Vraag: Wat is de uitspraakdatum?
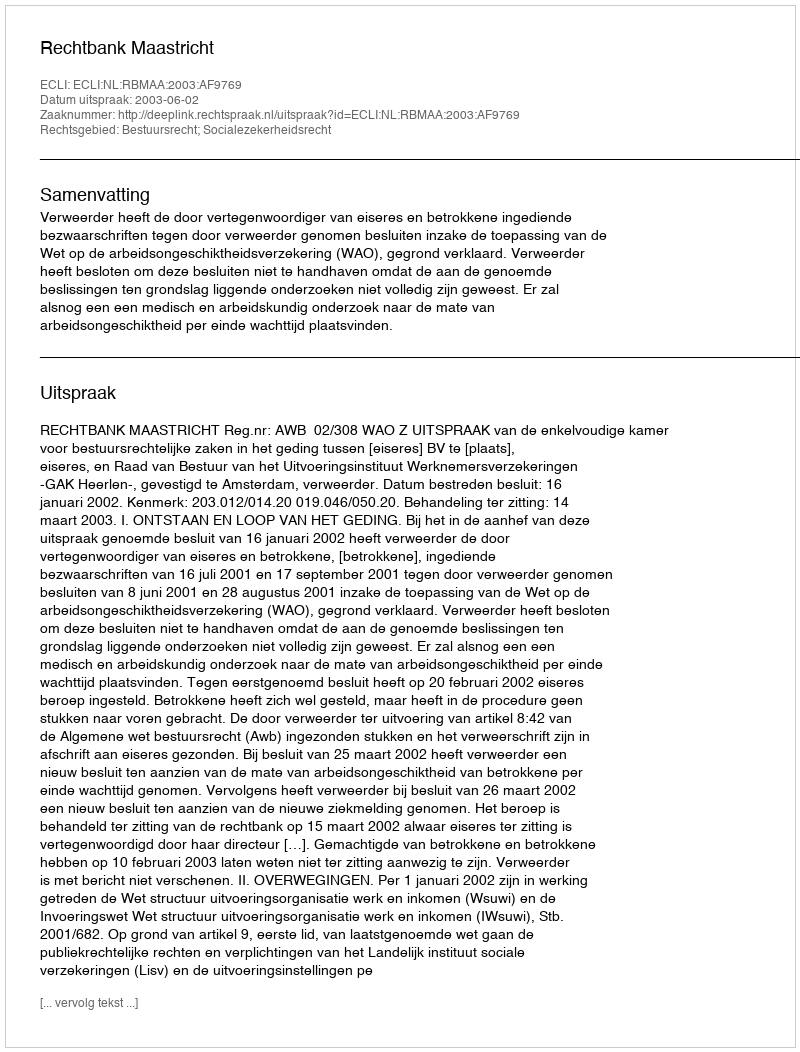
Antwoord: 2003-06-02